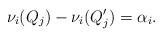
LaTeX: \begin{align*}\nu_i(Q_j)-\nu_i(Q'_j)=\alpha_i.\end{align*}